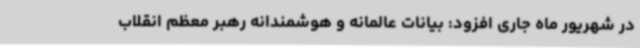
در شهریور ماه جاری افزود: بیانات عالمانه و هوشمندانه رهبر معظم انقلاب